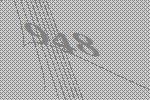
948